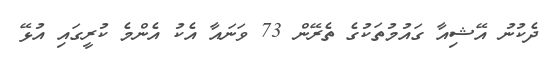
ދެކުނު އޭޝިއާ ގައުމުތަކުގެ ތެރޭން 73 ވަނައާ އެކު އެންމެ ކުރީގައި އުޅޭ